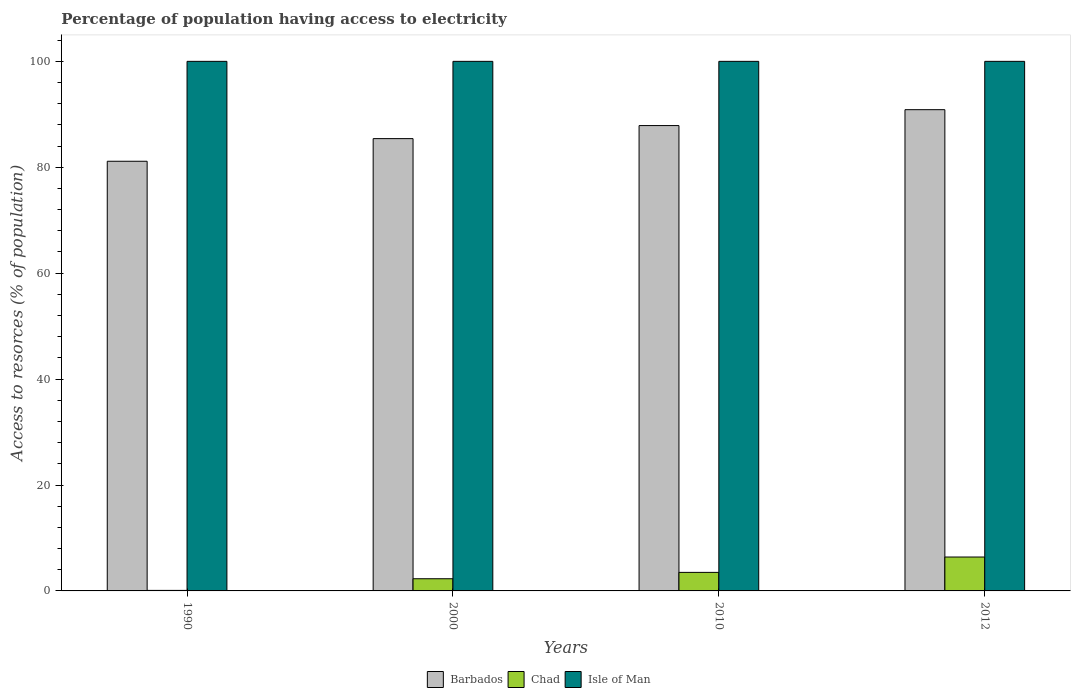
| Years | Barbados | Chad | Isle of Man |
 | --- | --- | --- | --- |
 | 1990 | 81.1 | 0.1 | 100 |
 | 2000 | 85.4 | 2.3 | 100 |
 | 2010 | 87.9 | 3.5 | 100 |
 | 2012 | 90.9 | 6.4 | 100 |